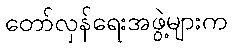
တော်လှန်ရေးအဖွဲ့များက